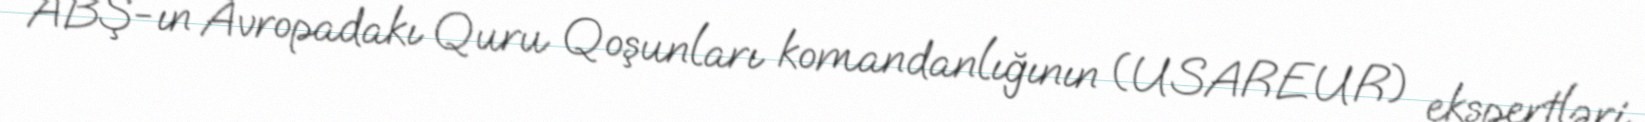
ABŞ-ın Avropadakı Quru Qoşunları komandanlığının (USAREUR) ekspertləri